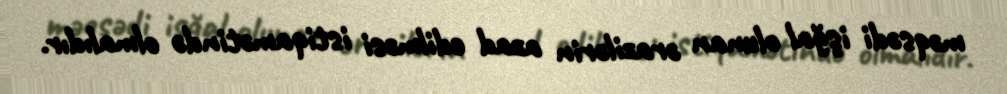
məqsədi işğal olunan ərazilərin azad edilməsi istiqamətində olmalıdır.